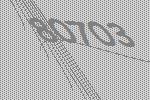
80703